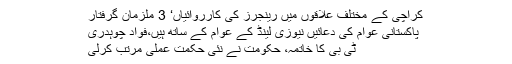
کراچی کے مختلف علاقوں میں رینجرز کی کارروائیاں‘ 3 ملزمان گرفتار
پاکستانی عوام کی دعائیں نیوزی لینڈ کے عوام کے ساتھ ہیں،فواد چوہدری
ٹی بی کا خاتمہ، حکومت نے نئی حکمتِ عملی مرتب کرلی